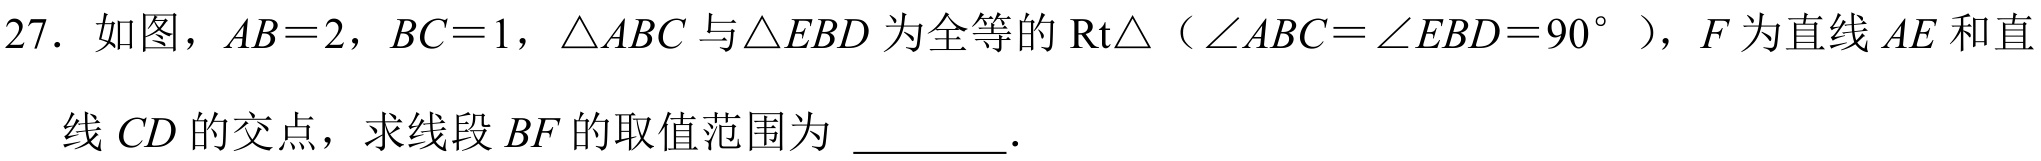
27. 如图，\(AB = 2\)，\(BC = 1\)，\(\triangle ABC\)与\(\triangle EBD\)为全等的\(\text{Rt}\triangle\)（\(\angle ABC=\angle EBD = 90^{\circ}\)），\(F\)为直线\(AE\)和直线\(CD\)的交点，求线段\(BF\)的取值范围为 \underline{\quad\quad}．